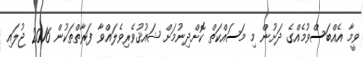
ވީމާ އެއްބަސްވުމެއްގެ ދަށުން މި މަސައްކަތް ކޮށްދިނުމަށް ޝައުޤުވެރިވެލައްވާ ފަރާތްތަކުން 2016 ޖުލައި